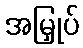
အမြှုပ်